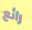
رائع